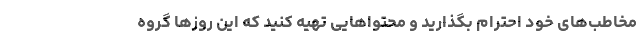
مخاطب‌های خود احترام بگذارید و محتواهایی تهیه کنید که این روزها گروه